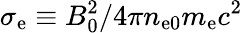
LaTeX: \sigma_{\mathrm{e}}\equiv B_{0}^{2}/4\pi n_{\mathrm{e0}}m_{\mathrm{e}}c^{2}